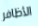
الأظافر